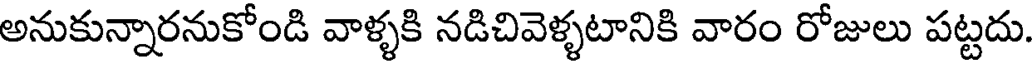
అనుకున్నారనుకోండి వాళ్ళకి నడిచివెళ్ళటానికి వారం రోజులు పట్టదు.